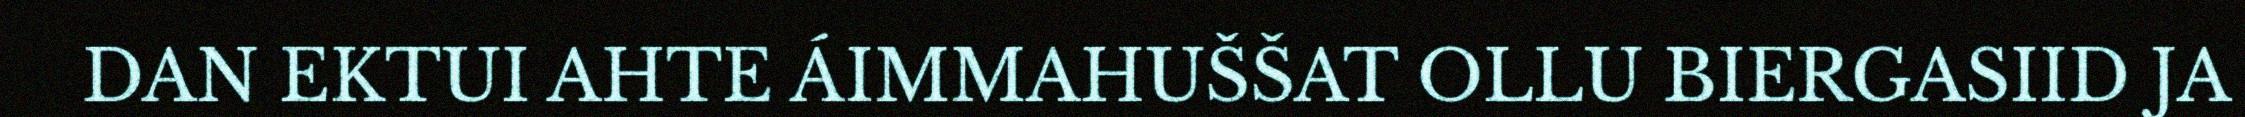
DAN EKTUI AHTE ÁIMMAHUŠŠAT OLLU BIERGASIID JA